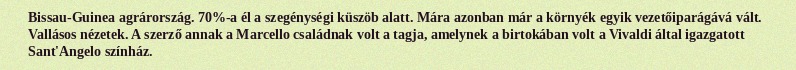
Bissau-Guinea agrárország. 70%-a él a szegénységi küszöb alatt. Mára azonban már a környék egyik vezetőiparágává vált. Vallásos nézetek. A szerző annak a Marcello családnak volt a tagja, amelynek a birtokában volt a Vivaldi által igazgatott Sant'Angelo színház.